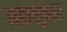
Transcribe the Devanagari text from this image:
महाशुषमा